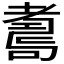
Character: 𦓆